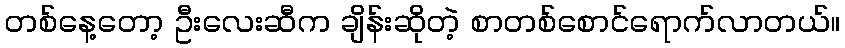
တစ်နေ့တော့ ဦးလေးဆီက ချိန်းဆိုတဲ့ စာတစ်စောင်ရောက်လာတယ်။